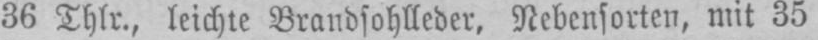
36 Thlr., leichte Brandsohlleder, Nebensorten, mit 35